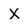
Character: X